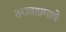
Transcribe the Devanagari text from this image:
ठरावाप्रमाणे